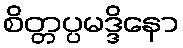
စိတ္တပ္ပမဒ္ဒိနော